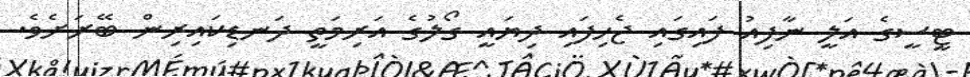
ޓީސީގެ އަލީ ނާފިއު ފައިގައި ޖެހިފައި ދިޔައީ ގޯލުގެ އަރިމަތީ ދަނޑިކައިރިން ބޭރަށެވެ.